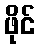
ဖိုင်